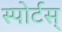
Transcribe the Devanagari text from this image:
स्पोर्टस्‌